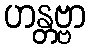
ဟန္တဗ္ဗာ